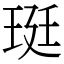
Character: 珽